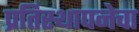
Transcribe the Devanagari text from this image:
प्रतिस्थापनेचा